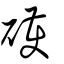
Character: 𥖪